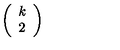
\left( \begin{array} { c } { k } \\ { 2 } \\ \end{array} \right)